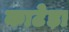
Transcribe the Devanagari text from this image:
काटेड़ा